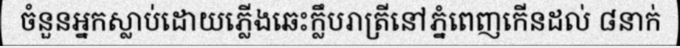
ចំនួនអ្នកស្លាប់ដោយភ្លើងឆេះក្លឹបរាត្រីនៅភ្នំពេញកើនដល់ ៨នាក់